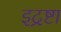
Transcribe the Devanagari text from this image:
इद्रष्टा